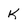
Character: K